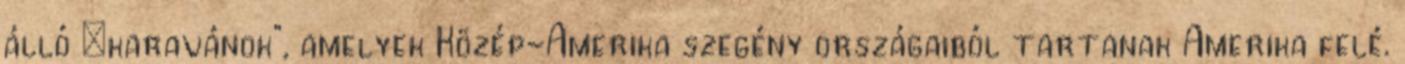
álló „karavánok”, amelyek Közép-Amerika szegény országaiból tartanak Amerika felé.